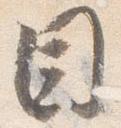
目